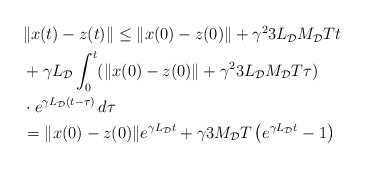
\begin{align*}\begin{aligned}&\|x(t)-z(t)\| \le \|x(0)-z(0) \|+ \gamma^2 3 L_\mathcal{D} M_\mathcal{D} T t\\& + \gamma L_\mathcal{D} \int_0^t (\|x(0)-z(0) \|+ \gamma^2 3 L_\mathcal{D} M_\mathcal{D} T \tau)\\& \cdot e^{\gamma L_\mathcal{D} (t-\tau)}\,d\tau\\ & = \|x(0)-z(0) \| e^{\gamma L_\mathcal{D}t} + \gamma 3 M_\mathcal{D} T \left(e^{\gamma L_\mathcal{D}t} -1\right)\end{aligned}\end{align*}